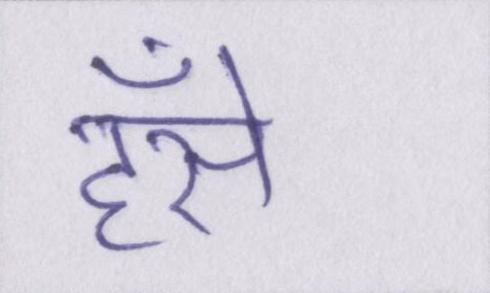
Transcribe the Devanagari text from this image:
हँसे